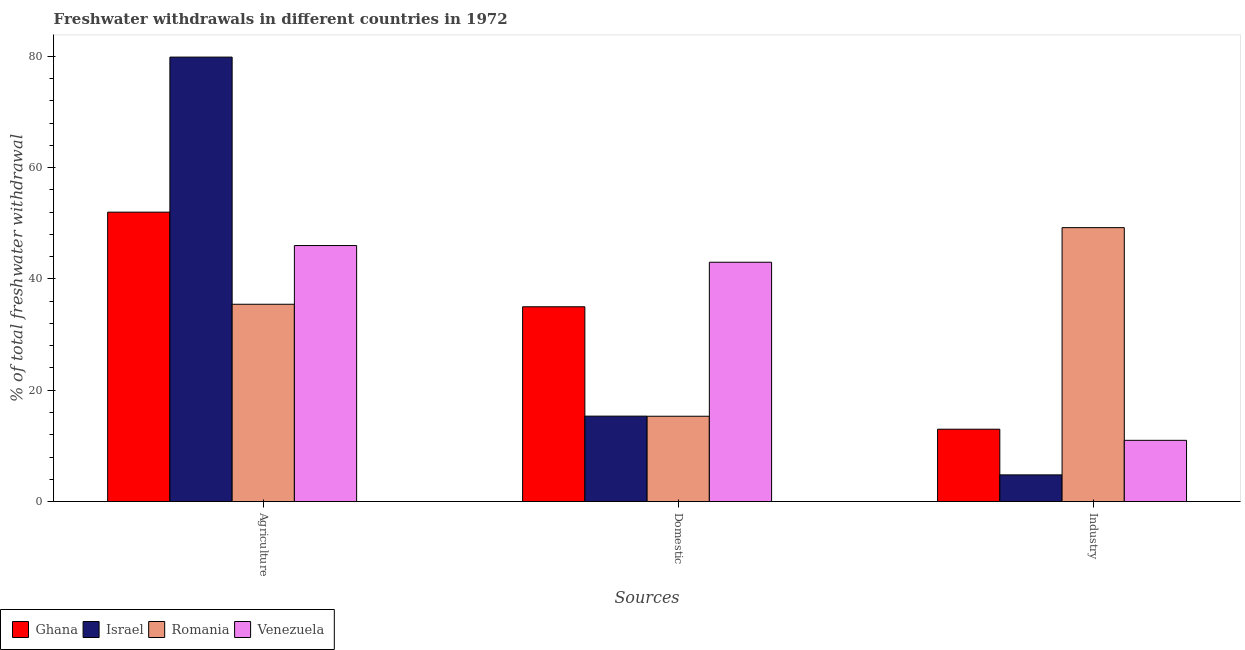
| Sources | Ghana | Israel | Romania | Venezuela |
 | --- | --- | --- | --- | --- |
 | Agriculture | 52 | 79.9 | 35.5 | 46 |
 | Domestic | 35 | 15.3 | 15.3 | 43 |
 | Industry | 13 | 4.79 | 49.2 | 11 |